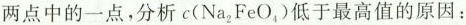
两点中的一点,分析c(Na_{2}FeO_{4})低于最高值的原因：